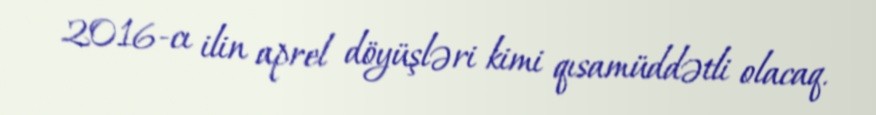
2016-cı ilin aprel döyüşləri kimi qısamüddətli olacaq.